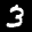
Label: 3